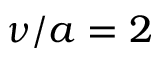
\nu / a = 2